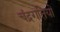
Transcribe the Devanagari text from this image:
चंद्रगतियों